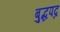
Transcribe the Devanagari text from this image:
बुद्धपद्र